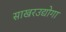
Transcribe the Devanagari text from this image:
साखरउद्योगा